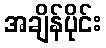
အချိန်ပိုင်း